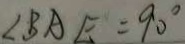
\angle B A E = 9 0 ^ { \circ }